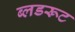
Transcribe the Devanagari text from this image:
ब्लडरूट